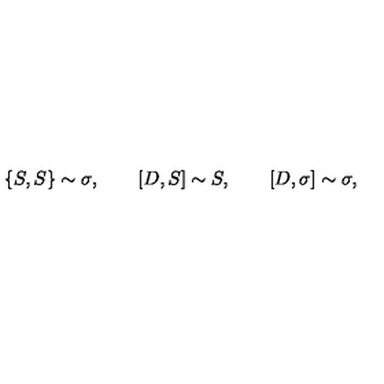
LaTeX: \{ S , S \} \sim \sigma , \qquad [ D , S ] \sim S , \qquad [ D , \sigma ] \sim \sigma ,